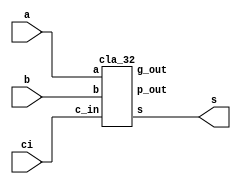
/* 
writer:liyiming 
date: 2018/11/13
version: 0.0
module: cla32
func: add 32bit
*/
module cla32 (
    a,
    b,
    ci,
    s//,co
);
    input [31:0] a,b;
    input ci;
    output [31:0] s;
    //output co;
    wire g_out,p_out;
    cla_32 cla (a,b,ci,g_out,p_out,s);
    //assign co = g_out|p_out&ci;
endmodule

module cla_32(
    a,
    b,
    c_in,
    g_out,
    p_out,
    s
);
    input [31:0] a,b;
    input c_in;
    output g_out,p_out;
    output [31:0]s;
    wire [1:0]g,p;
    wire c_out;
    cla_16 cla0 (a[15:0],b[15:0],c_in,g[0],p[0],s[15:0]);
    cla_16 cla1 (a[31:16],b[31:16],c_out,g[1],p[1],s[31:16]);
    g_p g_p0 (g,p,c_in,g_out,p_out,c_out);
endmodule

module cla_16(
    a,
    b,
    c_in,
    g_out,
    p_out,
    s
);
    input [15:0] a,b;
    input c_in;
    output g_out,p_out;
    output [15:0]s;
    wire [1:0]g,p;
    wire c_out;
    cla_8 cla0 (a[7:0],b[7:0],c_in,g[0],p[0],s[7:0]);
    cla_8 cla1 (a[15:8],b[15:8],c_out,g[1],p[1],s[15:8]);
    g_p g_p0 (g,p,c_in,g_out,p_out,c_out);
endmodule

module cla_8(
    a,
    b,
    c_in,
    g_out,
    p_out,
    s
);
    input [7:0] a,b;
    input c_in;
    output g_out,p_out;
    output [7:0]s;
    wire [1:0]g,p;
    wire c_out;
    cla_4 cla0 (a[3:0],b[3:0],c_in,g[0],p[0],s[3:0]);
    cla_4 cla1 (a[7:4],b[7:4],c_out,g[1],p[1],s[7:4]);
    g_p g_p0 (g,p,c_in,g_out,p_out,c_out);
endmodule

module cla_4(
    a,
    b,
    c_in,
    g_out,
    p_out,
    s
);
    input [3:0] a,b;
    input c_in;
    output g_out,p_out;
    output [3:0]s;
    wire [1:0]g,p;
    wire c_out;
    cla_2 cla0 (a[1:0],b[1:0],c_in,g[0],p[0],s[1:0]);
    cla_2 cla1 (a[3:2],b[3:2],c_out,g[1],p[1],s[3:2]);
    g_p g_p0 (g,p,c_in,g_out,p_out,c_out);
endmodule

module cla_2(
    a,
    b,
    c_in,
    g_out,
    p_out,
    s
);
    input [1:0] a,b;
    input c_in;
    output g_out,p_out;
    output [1:0]s;
    wire [1:0]g,p;
    wire c_out;
    add add0 (a[0],b[0],c_in,g[0],p[0],s[0]);
    add add1 (a[1],b[1],c_out,g[1],p[1],s[1]);
    g_p g_p0 (g,p,c_in,g_out,p_out,c_out);
endmodule

module g_p(
    g,
    p,
    c_in,
    g_out,
    p_out,
    c_out
);
    input [1:0] g,p;
    input c_in;
    output p_out,g_out,c_out;
    assign g_out = g[1] | p[1] & g[0];
    assign p_out = p[1] & p[0];
    assign c_out = g[0] | p[0] & c_in;
endmodule

module add(
    a,
    b,
    c,
    g,
    p,
    s
);
    input a,b,c;
    output g,p,s;
    assign s = a ^ b ^ c;
    assign g = a & b;
    assign p = a | b;
endmodule